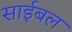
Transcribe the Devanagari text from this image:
साईबल